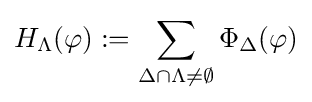
H_{\Lambda }(\varphi ):=\sum _{\Delta \cap \Lambda \not =\emptyset }\Phi _{\Delta }(\varphi )